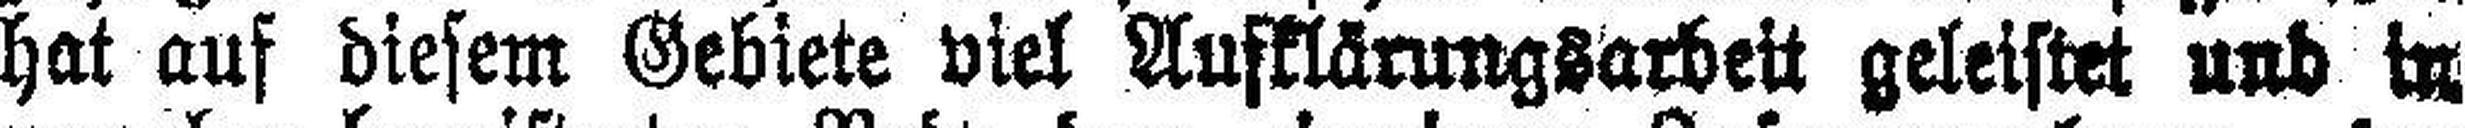
hat auf diesem Gebiete viel Aufklärungsarbeit geleistet und in